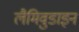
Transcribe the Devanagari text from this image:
लैमिवुडाइन